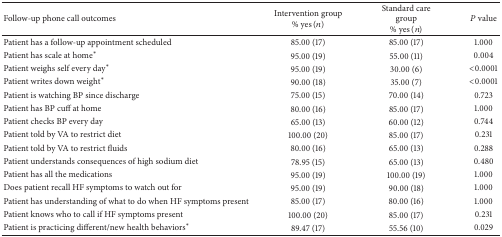
<table><thead><tr><td><b>Follow-up phone call outcomes</b></td><td><b>Intervention group% yes (<i>n</i>)</b></td><td><b>Standard care group% yes (<i>n</i>)</b></td><td><b><i>P</i> value</b></td></tr></thead><tbody><tr><td>Patient has a follow-up appointment scheduled</td><td>85.00 (17)</td><td>85.00 (17)</td><td>1.000</td></tr><tr><td>Patient has scale at home*</td><td>95.00 (19)</td><td>55.00 (11)</td><td>0.004</td></tr><tr><td>Patient weighs self every day*</td><td>95.00 (19)</td><td>30.00 (6)</td><td>&lt;0.0001</td></tr><tr><td>Patient writes down weight*</td><td>90.00 (18)</td><td>35.00 (7)</td><td>&lt;0.0001</td></tr><tr><td>Patient is watching BP since discharge</td><td>75.00 (15)</td><td>70.00 (14)</td><td>0.723</td></tr><tr><td>Patient has BP cuff at home</td><td>80.00 (16)</td><td>85.00 (17)</td><td>1.000</td></tr><tr><td>Patient checks BP every day</td><td>65.00 (13)</td><td>60.00 (12)</td><td>0.744</td></tr><tr><td>Patient told by VA to restrict diet</td><td>100.00 (20)</td><td>85.00 (17)</td><td>0.231</td></tr><tr><td>Patient told by VA to restrict fluids</td><td>80.00 (16)</td><td>65.00 (13)</td><td>0.288</td></tr><tr><td>Patient understands consequences of high sodium diet</td><td>78.95 (15)</td><td>65.00 (13)</td><td>0.480</td></tr><tr><td>Patient has all the medications</td><td>95.00 (19)</td><td>100.00 (19)</td><td>1.000</td></tr><tr><td>Does patient recall HF symptoms to watch out for</td><td>95.00 (19)</td><td>90.00 (18)</td><td>1.000</td></tr><tr><td>Patient has understanding of what to do when HF symptoms present</td><td>85.00 (17)</td><td>80.00 (16)</td><td>1.000</td></tr><tr><td>Patient knows who to call if HF symptoms present</td><td>100.00 (20)</td><td>85.00 (17)</td><td>0.231</td></tr><tr><td>Patient is practicing different/new health behaviors*</td><td>89.47 (17)</td><td>55.56 (10)</td><td>0.029</td></tr></tbody></table>